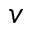
v